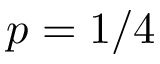
p = 1 / 4